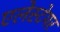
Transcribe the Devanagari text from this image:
एलेस्टेयर